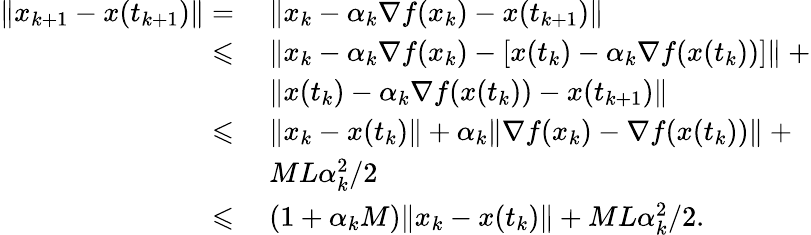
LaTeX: \begin{array}{rl}{\| x_{k+1}-x(t_{k+1})\| =}&{~\| x_{k}-\alpha_{k}\nabla f(x_{k})-x(t_{k+1})\| }\\ {\leqslant}&{~\| x_{k}-\alpha_{k}\nabla f(x_{k})-[x(t_{k})-\alpha_{k}\nabla f(x(t_{k}))]\| ~+}\\ &{~\| x(t_{k})-\alpha_{k}\nabla f(x(t_{k}))-x(t_{k+1})\| }\\ {\leqslant}&{~\| x_{k}-x(t_{k})\| +\alpha_{k}\| \nabla f(x_{k})-\nabla f(x(t_{k}))\| ~+}\\ &{~ML\alpha_{k}^{2}/2}\\ {\leqslant}&{~(1+\alpha_{k}M)\| x_{k}-x(t_{k})\| +ML\alpha_{k}^{2}/2.}\end{array}